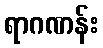
ရာဂဏန်း